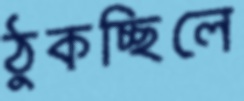
ঠুকচ্ছিলে